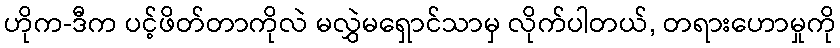
ဟိုက-ဒီက ပင့်ဖိတ်တာကိုလဲ မလွှဲမရှောင်သာမှ လိုက်ပါတယ်, တရားဟောမှုကို